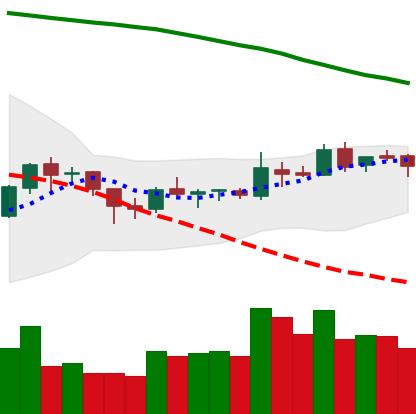
Ticker: BNB-USD
Chart end date: 2018-10-09
Forward return: -8.552%
Label: down_7plus